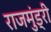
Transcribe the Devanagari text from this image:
राजमुंड्री